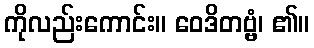
ကိုလည်းကောင်း။ ဝေဒိတဗ္ဗံ၊ ၏။